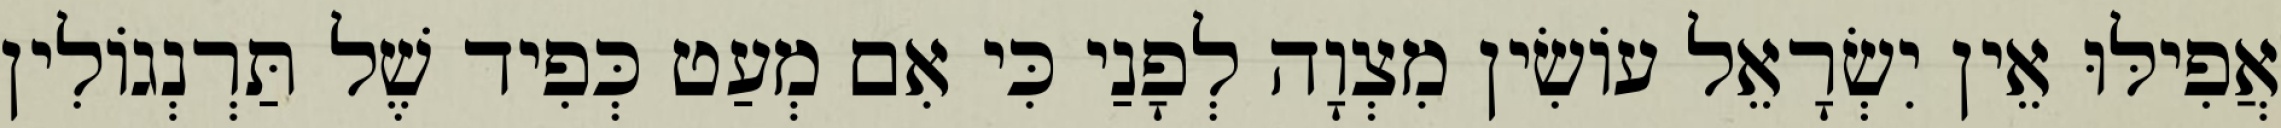
אֲפִילּוּ אֵין יִשְׂרָאֵל עוֹשִׂין מִצְוָה לְפָנַי כִּי אִם מְעַט כְּפִיד שֶׁל תַּרְנְגוֹלִין